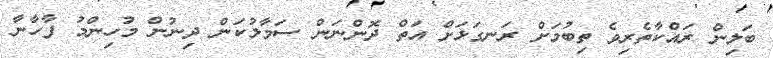
ބަލިން ރައްކާތެރިވެ ތިބުމަށް ރަނގަޅަށް އަތް ދޮންނަން ސަމާލުކަން ދިނުން މުހިންމު ފާހާނާ